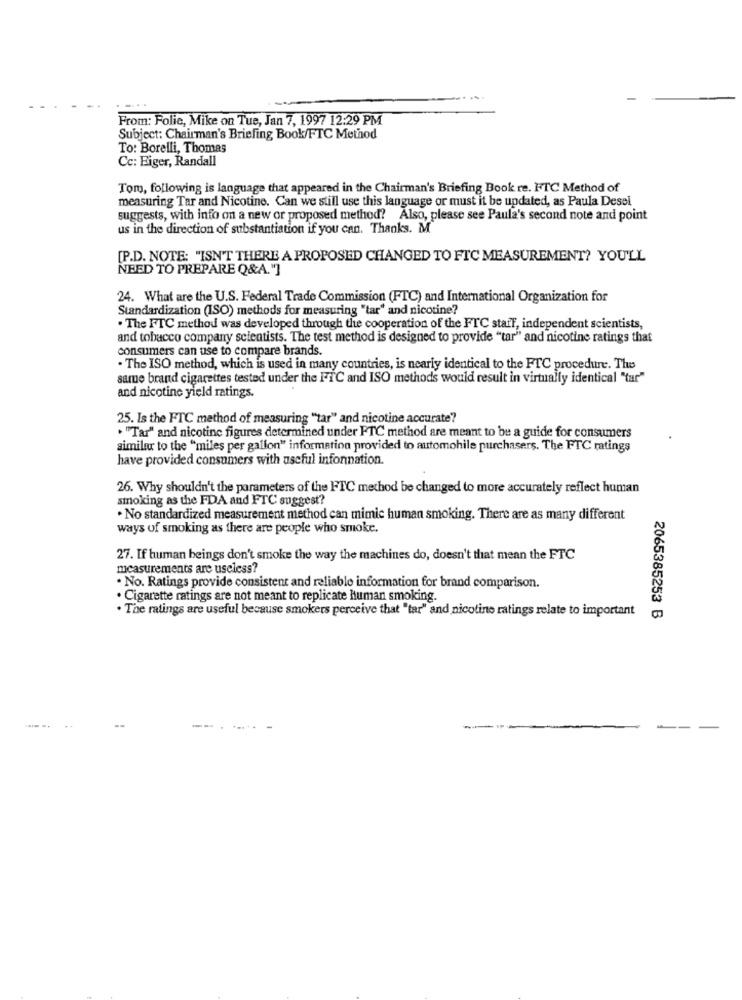
From: Folie, Mike on Tue, Jan 7, 1997 12:29 PM
Subject: Chairman's Briefing Book/FTC Method
To: Borelli, Thomas
Cc: Eiger, Randall
Tom, following is language that appeared in the Chairman's Briefing Book re. FTC Method of
measuring Tar and Nicotine. Can we still use this language or must it be updated, as Paula Desel
suggests, with info on a new or proposed method? Also, please see Paula's second note and point
us in the direction of substantiation if you can. Thanks. M
[P.D. NOTE: "ISN'T THERE A PROPOSED CHANGED TO FTC MEASUREMENT? YOU'LL
NEED TO PREPARE Q&A. "]
24. What are the U.S. Federal Trade Commission (FTC) and International Organization for
Standardization (ISO) methods for measuring "tar" and nicotine?
. The FTC method was developed through the cooperation of the FTC staff, independent scientists,
and tobacco company scientists. The test method is designed to provide "tar" and nicotine ratings that
consumers can use to compare brands.
. The ISO method, which is used in many countries, is nearly identical to the FTC procedure. The
samue brand cigarettes tested under the FTC and ISO methods would result in virtually identical "tar"
and nicotine yield ratings.
25. Is the FTC method of measuring "tar" and nicotine accurate?
. "Tar" and nicotine figures determined under FTC method are meant to be a guide for consumers
similar to the "miles per gallon" information provided to automobile purchasers. The FTC ratings
have provided consumers with useful information.
26. Why shouldn't the parameters of the FTC method be changed to more accurately reflect human
smoking as the FDA and FTC suggest?
. No standardized measurement method can mimic human smoking. There are as many different
ways of smoking as there are people who smoke.
27. If human beings don't smoke the way the machines do, doesn't that mean the FTC
measurements are useless?
· No. Ratings provide consistent and reliable information for brand comparison.
. Cigarette ratings are not meant to replicate human smoking.
. The ratings are useful because smokers perceive that "tar" and nicotine ratings relate to important
2065385253 B